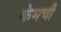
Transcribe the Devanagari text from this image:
केमची